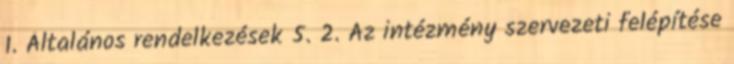
1. Általános rendelkezések 5. 2. Az intézmény szervezeti felépítése